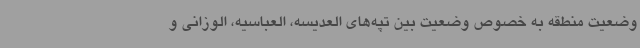
وضعیت منطقه به خصوص وضعیت بین تپه‌های العدیسه، العباسیه، الوزانی و